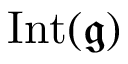
\operatorname { I n t } ( { \mathfrak { g } } )